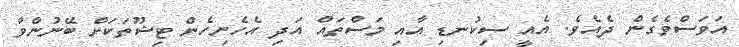
އަވަސްވެގެން ދެއެވެ. އެއީ ސިކުނޑި އާއި މަސްތައް އަދި އެހެނިހެން ޓިޝޫތަކަށް ބޭނުންވާ